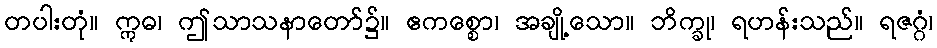
တပါးတုံ။ ဣဓ၊ ဤသာသနာတော်၌။ ဧကစ္စော၊ အချို့သော။ ဘိက္ခု၊ ရဟန်းသည်။ ရဇဂ္ဂံ၊